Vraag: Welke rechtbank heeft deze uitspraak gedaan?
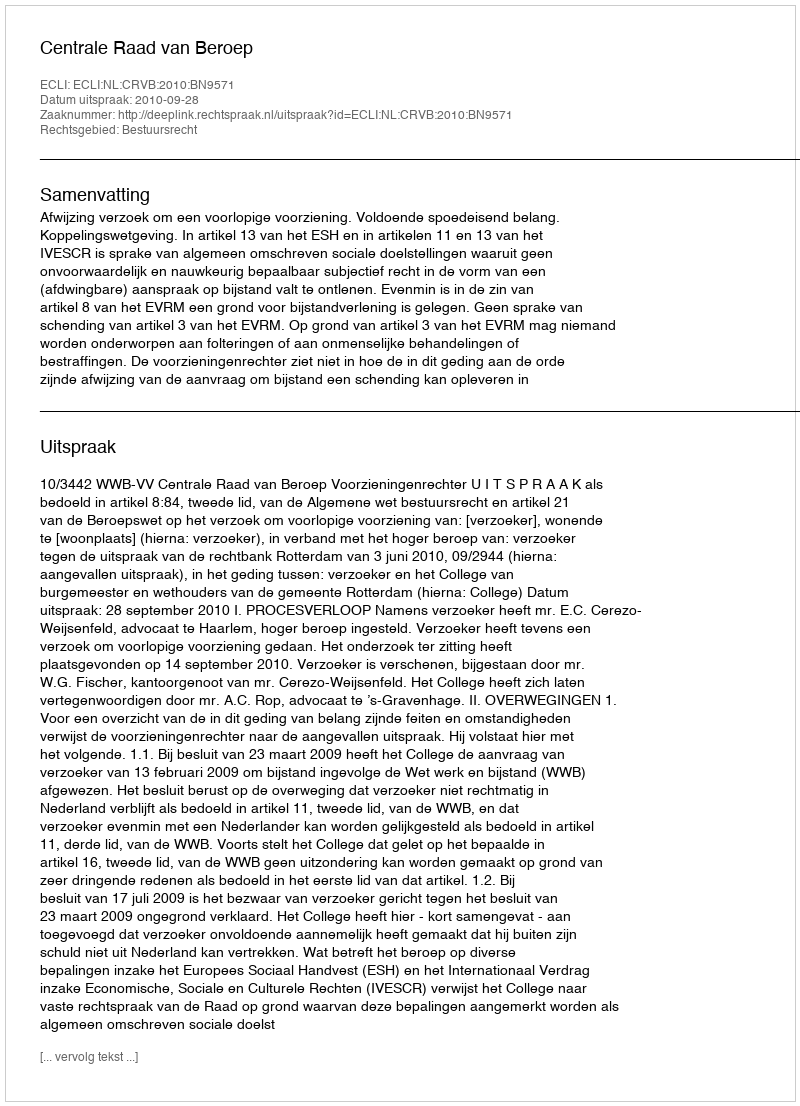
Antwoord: Centrale Raad van Beroep